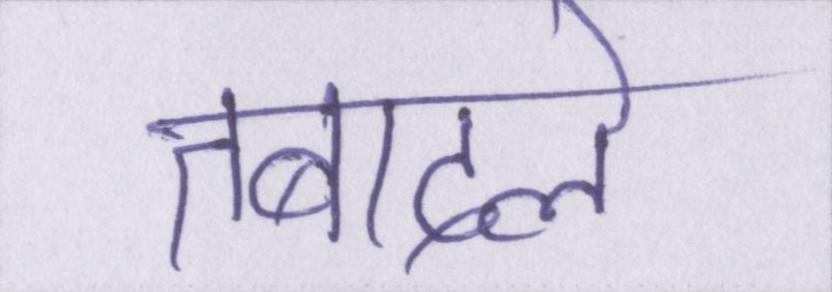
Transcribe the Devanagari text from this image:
तबादले